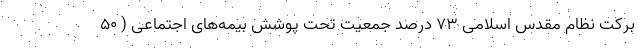
برکت نظام مقدس اسلامی ۷۳ درصد جمعیت تحت پوشش بیمه‌های اجتماعی ( ۵۰